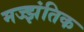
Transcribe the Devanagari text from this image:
मज्झंतिक